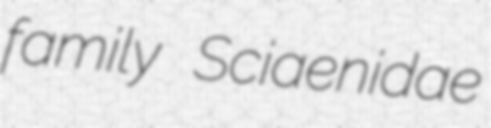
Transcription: family Sciaenidae